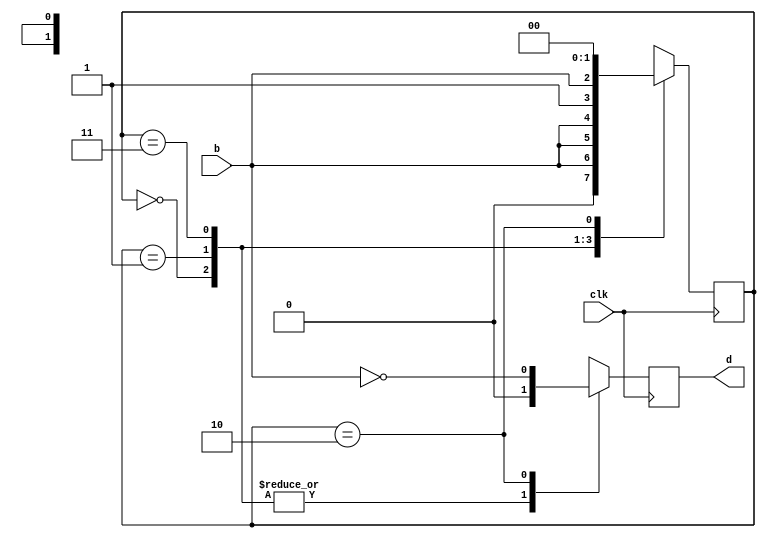
`timescale 1ns / 1ps
//////////////////////////////////////////////////////////////////////////////////
// Company: 
// Engineer: 
// 
// Design Name: 
// Module Name: btndebouncer
// Project Name: 
// Target Devices: 
// Tool Versions: 
// Description: 
// 
// Dependencies: 
// 
// Revision:
// Revision 0.01 - File Created
// Additional Comments:
// 
//////////////////////////////////////////////////////////////////////////////////


module btndebouncer(
    input clk,
    input b,
    output reg d
    );

    reg [1:0] state;
    
    
    initial begin
        state =0;
    end
    
    always @(posedge clk) begin
        case (state)
            2'b00: begin
                state <= {1'b0,b};
                d <= 0;
            end
            2'b01: begin
                state <= {b,b};
                d <= 0;
            end
            2'b11: begin
                state <= {1'b1,b};
                d <= 0;
            end
            2'b10: begin
                state <= 2'b00;
                d <= ~b;
            end
        endcase        
    end   
   
endmodule